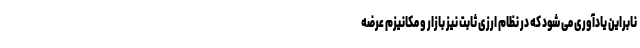
نابراین یادآوری می شود که در نظام ارزی ثابت نیز بازار و مکانیزم عرضه